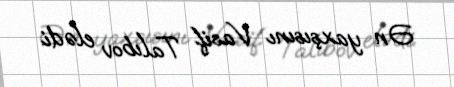
Ən yaxşısını Vasif Talıbov elədi.